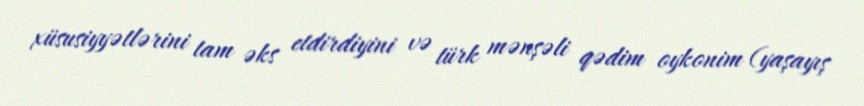
xüsusiyyətlərini tam əks etdirdiyini və türk mənşəli qədim oykonim (yaşayış